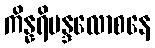
ကိန္နရိမန္ဒလောစနေ